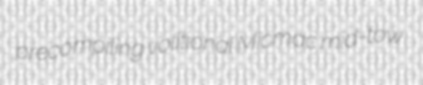
precompiling volitional Micmac mid-tow